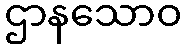
ဌာနသောဝ